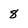
Character: 8